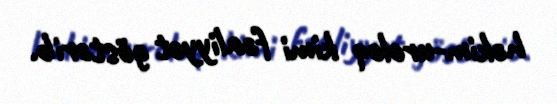
həkim-uroloq kimi fəaliyyət göstərib.